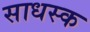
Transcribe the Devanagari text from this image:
साधस्क